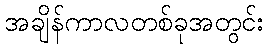
အချိန်ကာလတစ်ခုအတွင်း